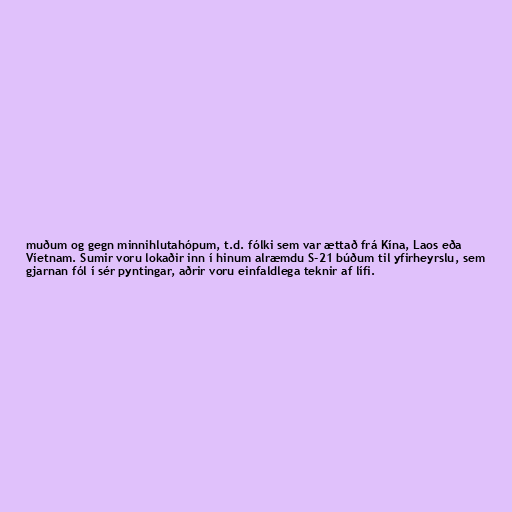
muðum og gegn minnihlutahópum, t.d. fólki sem var ættað frá Kína, Laos eða
Víetnam. Sumir voru lokaðir inn í hinum alræmdu S-21 búðum til yfirheyrslu, sem
gjarnan fól í sér pyntingar, aðrir voru einfaldlega teknir af lífi.